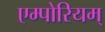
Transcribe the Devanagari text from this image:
एम्पोरियम्